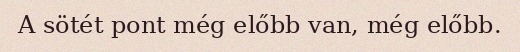
A sötét pont még előbb van, még előbb.